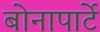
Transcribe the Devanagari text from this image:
बोनापार्टे